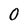
Character: 0